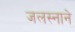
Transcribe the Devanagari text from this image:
जलस्नाने